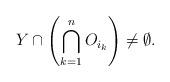
LaTeX: \begin{align*}Y\cap\left(\bigcap_{k=1}^nO_{i_k}\right)\neq\emptyset.\end{align*}